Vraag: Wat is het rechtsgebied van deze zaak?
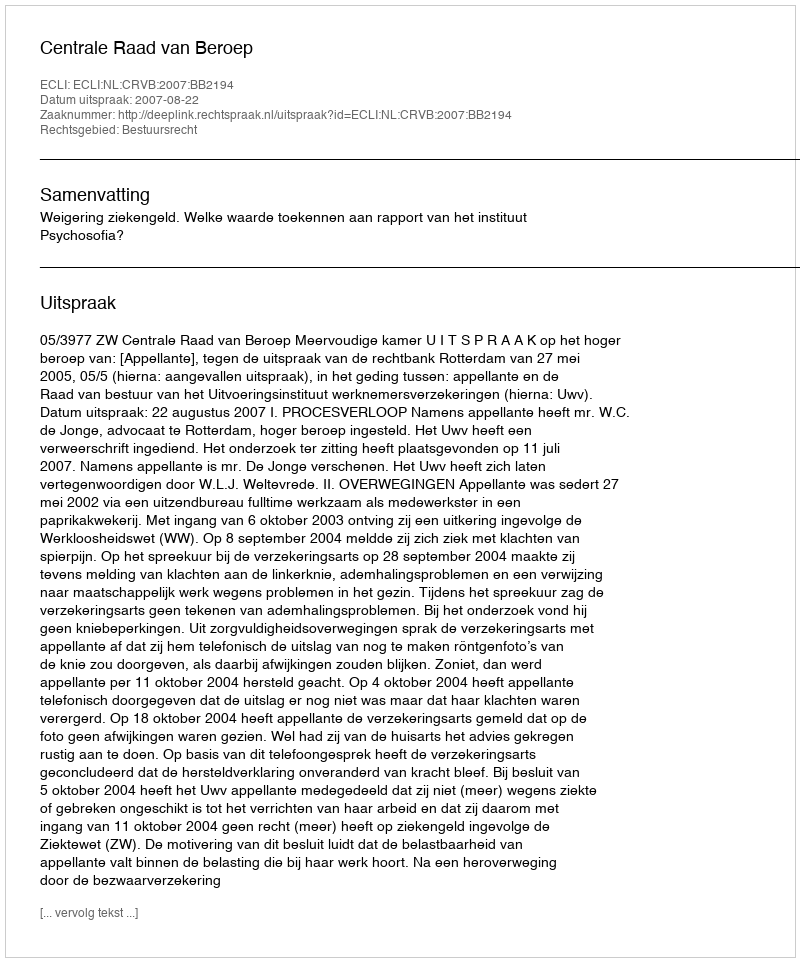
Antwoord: Bestuursrecht